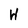
Character: H